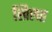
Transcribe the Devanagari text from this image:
खिलत